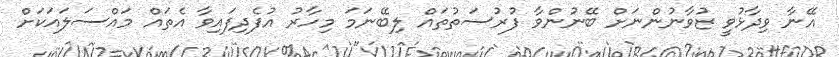
އޭނާ ވިދާޅުވީ ޒުވާނުންނަށް ބޭނުންވާ ފުރުސަތުތައް ލިބޭނަމަ މިހާރު އުފެދިފައިވާ އެތައް މައްސަލައަކަށް